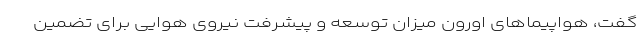
گفت، هواپیماهای اورون میزان توسعه و پیشرفت نیروی هوایی برای تضمین